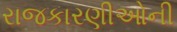
રાજકારણીઓની